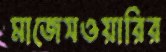
মাজেসওয়ারির